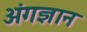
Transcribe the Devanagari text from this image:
अंगज्ञान